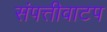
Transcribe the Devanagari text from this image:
संपत्तीवाटप